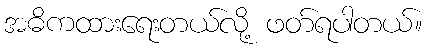
အဓိကထားရေးတယ်လို့ ဖတ်ရပါတယ်။